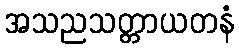
အသညသတ္တာယတနံ